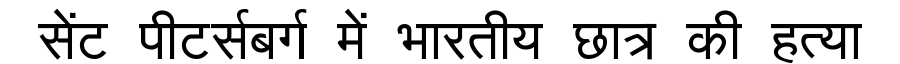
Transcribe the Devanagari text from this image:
सेंट पीटर्सबर्ग में भारतीय छात्र की हत्या